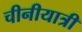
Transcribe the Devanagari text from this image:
चीनीयात्री